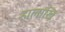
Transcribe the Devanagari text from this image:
हालांखि